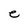
Character: e